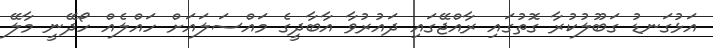
އަޅުގަނޑު ގަބޫލުކުރާ ގޮތުގައި ރާއްޖޭގައި ދައުރުވާ އާބާދީގެ މައްސަލައަށް ހައްލެއް ހޯދޭނީ މާލޭ